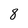
Character: 8